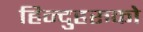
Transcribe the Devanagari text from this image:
हिन्दुहरुको